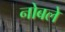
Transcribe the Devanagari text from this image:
नोबले